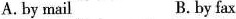
A. by mail B. by fax